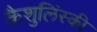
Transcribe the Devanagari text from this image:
कैशुलिंस्की